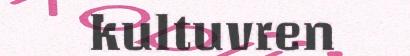
kultuvren